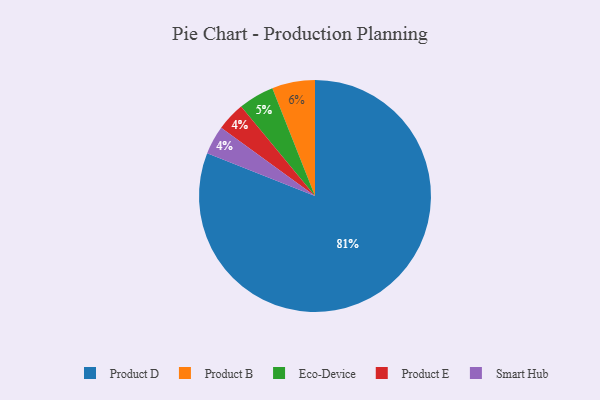
{"axis": {"x": "Category", "y": "Percentage"}, "legend": ["Eco-Device", "Product B", "Product D", "Product E", "Smart Hub"], "data": [{"x": "Product E", "y": 4, "type": "Product E"}, {"x": "Smart Hub", "y": 4, "type": "Smart Hub"}, {"x": "Product D", "y": 81, "type": "Product D"}, {"x": "Product B", "y": 6, "type": "Product B"}, {"x": "Eco-Device", "y": 5, "type": "Eco-Device"}]}